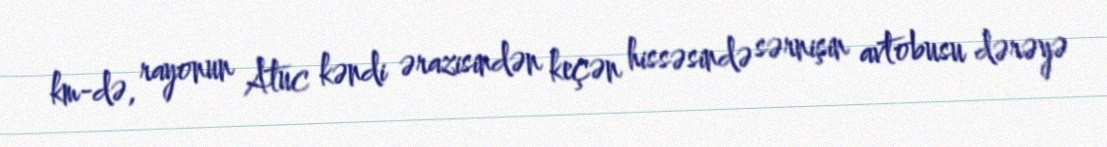
km-də, rayonun Atuc kəndi ərazisindən keçən hissəsində sərnişin avtobusu dərəyə